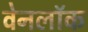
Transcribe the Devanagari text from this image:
वेनलॉक